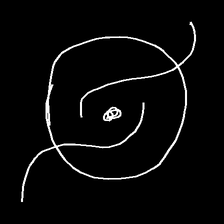
Glyph: repetition